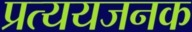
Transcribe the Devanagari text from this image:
प्रत्ययजनक